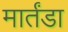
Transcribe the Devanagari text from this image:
मार्तंडा